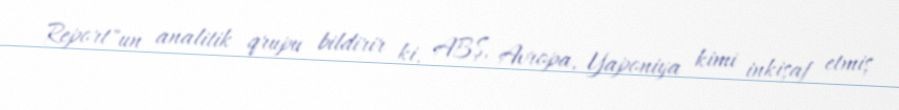
Report"un analitik qrupu bildirir ki, ABŞ, Avropa, Yaponiya kimi inkişaf etmiş